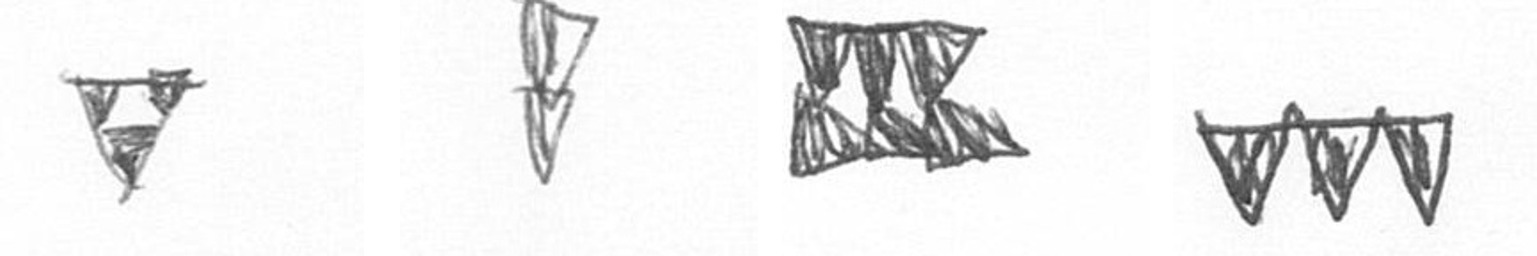
S Z D L